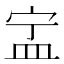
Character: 㿾